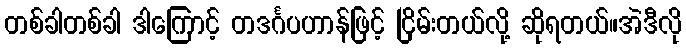
တစ်ခါတစ်ခါ ဒါကြောင့် တဒင်္ဂပဟာန်ဖြင့် ငြိမ်းတယ်လို့ ဆိုရတယ်။အဲဒီလို